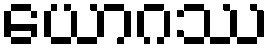
ယောဂဿ